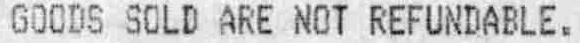
GOODS SOLD ARE NOT REFUNDABLE.